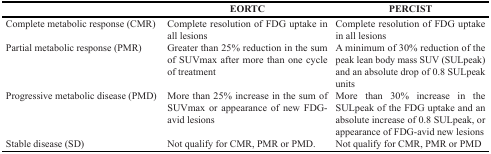
<table><thead><tr><td></td><td><b>EORTC</b></td><td><b>PERCIST</b></td></tr></thead><tbody><tr><td>Complete metabolic response (CMR)</td><td>Complete resolution of FDG uptake in all lesions</td><td>Complete resolution of FDG uptake in all lesions</td></tr><tr><td>Partial metabolic response (PMR)</td><td>Greater than 25% reduction in the sum of SUVmax after more than one cycle of treatment</td><td>A minimum of 30% reduction of the peak lean body mass SUV (SULpeak) and an absolute drop of 0.8 SULpeak units</td></tr><tr><td>Progressive metabolic disease (PMD)</td><td>More than 25% increase in the sum of SUVmax or appearance of new FDG-avid lesions</td><td>More than 30% increase in the SULpeak of the FDG uptake and an absolute increase of 0.8 SULpeak, or appearance of FDG-avid new lesions</td></tr><tr><td>Stable disease (SD)</td><td>Not qualify for CMR, PMR or PMD.</td><td>Not qualify for CMR, PMR or PMD</td></tr></tbody></table>